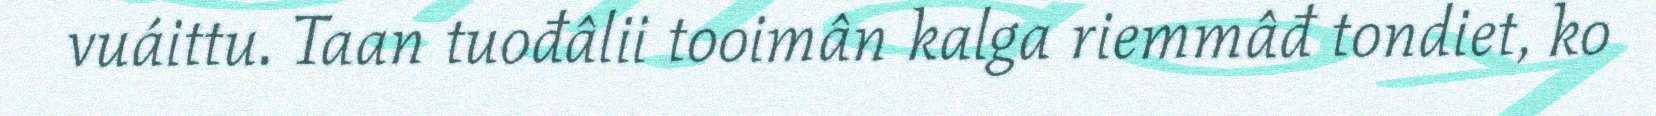
vuáittu. Taan tuođâlii tooimân kalga riemmâđ tondiet, ko